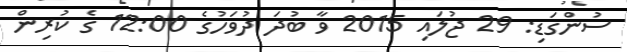
ސުންގަޑި: 29 ޖުލައި 2015 ވާ ބުދަ ދުވަހުގެ 12:00 ގެ ކުރިން